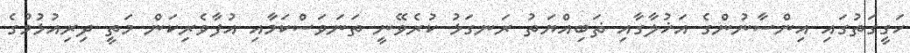
ހަގީގަތުގައި އިންސާނުންގެ އަޚުލާގާއި ޡަބިއްޔަތު ރަނގަޅު ކުރެވޭނީ ތަނަވަސްކަމާއި އުފާވެރިކަން މަތީ ދިރިއުޅުމުގެ